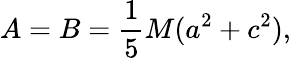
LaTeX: A=B={\frac{1}{5}}M(a^{2}+c^{2}),